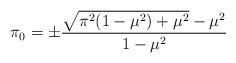
LaTeX: \begin{align*}\pi_0=\pm\frac{\sqrt{\pi^2(1-\mu^2)+\mu^2}-\mu^2}{1-\mu^2}\end{align*}